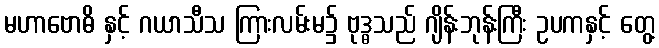
မဟာဗောဓိ နှင့် ဂယာသီသ ကြားလမ်းမ၌ ဗုဒ္ဓသည် ဂျိန်းဘုန်းကြီး ဥပကနှင့် တွေ့